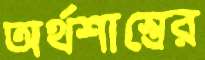
অর্থশাস্ত্রের